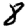
Digit: 8